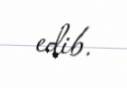
edib.